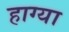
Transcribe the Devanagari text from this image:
हाग्या